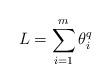
LaTeX: \begin{align*}L=\sum_{i=1}^{m}\theta_{i}^{q}\end{align*}